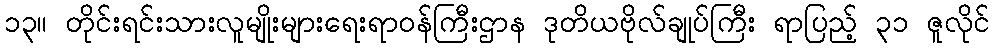
၁၃။ တိုင်းရင်းသားလူမျိုးများရေးရာဝန်ကြီးဌာန ဒုတိယဗိုလ်ချုပ်ကြီး ရာပြည့် ၃၁ ဇူလိုင်